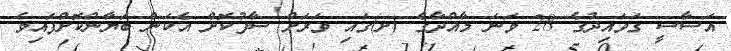
އަސާސީ ގަވައިދުގެ 28 ވަނަ މާއްދާގެ (ށ)ގައި ވަރަށް ސާފުކޮށް އެކަން ބަޔާންކޮށްފައިވެ